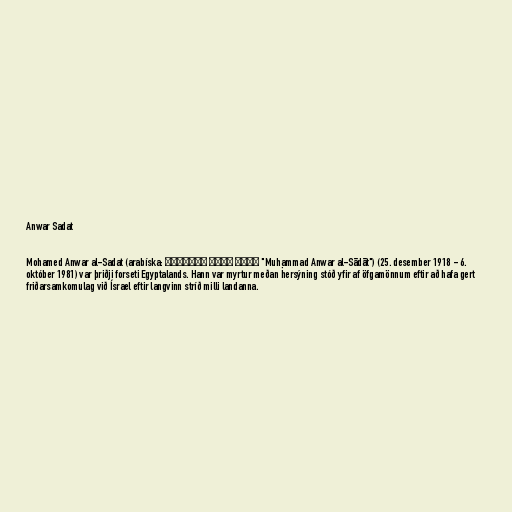
Anwar Sadat

Mohamed Anwar al-Sadat (arabíska: محمد أنور السادات "Muḥammad Anwar al-Sādāt") (25. desember 1918 - 6.
október 1981) var þriðji forseti Egyptalands. Hann var myrtur meðan hersýning stóð yfir af öfgamönnum eftir að hafa gert
friðarsamkomulag við Ísrael eftir langvinn stríð milli landanna.